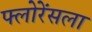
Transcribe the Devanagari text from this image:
फ्लोरेंसला